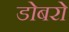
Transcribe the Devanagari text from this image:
डोबरो